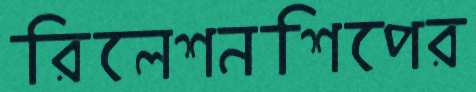
রিলেশনশিপের